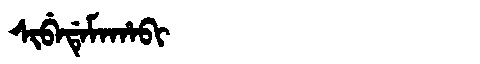
Manchu: ᠰᡳᠪᡝᡩᡝᠮᠠᡥᠠᠪᡳ
Romanization: SIBEDEMAHABI